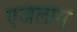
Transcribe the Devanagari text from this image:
एजलास